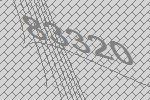
83320